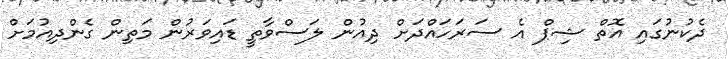
ދެކުނުގައި އޮތް ޝިޕް އެ ސަރަހައްދަށް ދިއުން ލަސްވާތީ ޑައިވަރުން މަތިން ގެންދިއުމަށް